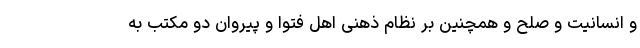
و انسانیت و صلح و همچنین بر نظام ذهنی اهل فتوا و پیروان دو مکتب به